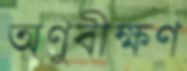
অণুবীক্ষণ